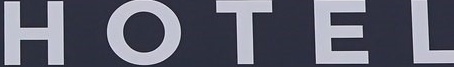
H O T E L